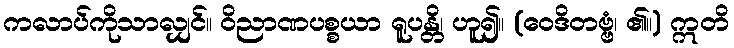
ကလာပ်ကိုသာလျှင်။ ဝိညာဏပစ္စယာ ရူပန္တိ၊ ဟူ၍။ (ဝေဒိတဗ္ဗံ၊ ၏။) ဣတိ